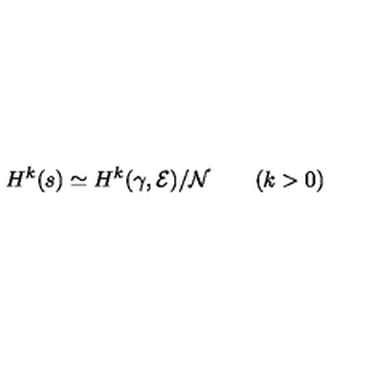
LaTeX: H ^ { k } ( s ) \simeq H ^ { k } ( \gamma , { \cal E } ) / { \cal N } \qquad ( k > 0 )